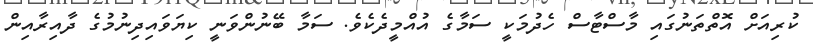
ކުރިއަށް އޮތްތަނުގައި މާސްޓާސް ހެދުމަކީ ސަމާގެ އުއްމީދެކެވެ. ސަމާ ބޭނުންވަނީ ކިޔަވައިދިނުމުގެ ދާއިރާއިން